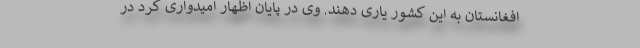
افغانستان به این کشور یاری دهند. وی در پایان اظهار امیدواری کرد در